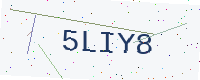
Text: 5LIY8